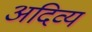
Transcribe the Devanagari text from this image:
अदिव्य